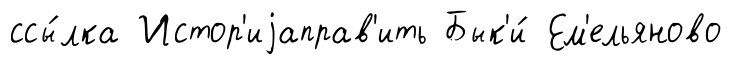
ссы́лка Истор'иjаправ'ить Бык'и́ Ем'ельяново